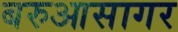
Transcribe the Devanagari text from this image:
बरुआसागर